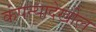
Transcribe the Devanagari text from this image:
कंपन्यादेखील